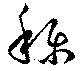
称